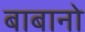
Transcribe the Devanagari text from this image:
बाबानो